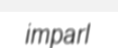
imparl